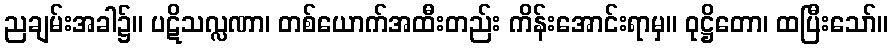
ညချမ်းအခါ၌။ ပဋိသလ္လဏာ၊ တစ်ယောက်အထီးတည်း ကိန်းအောင်းရာမှ။ ဝုဋ္ဌိတော၊ ထပြီးသော်။